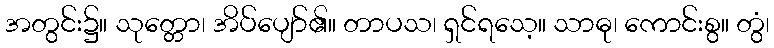
အတွင်း၌။ သုတ္တော၊ အိပ်ပျော်၏။ တာပသ၊ ရှင်ရသေ့။ သာဓု၊ ကောင်းစွ။ တွံ၊